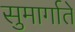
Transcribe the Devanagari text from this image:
सुमार्गाते